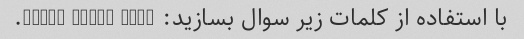
با استفاده از کلمات زیر سوال بسازید: what, long, take.